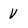
Character: V